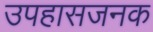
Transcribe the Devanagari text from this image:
उपहासजनक